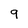
Character: 9